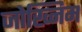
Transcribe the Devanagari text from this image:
जोख्निम